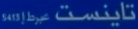
تایینست خطر (50